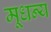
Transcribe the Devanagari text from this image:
मूधन्य